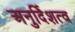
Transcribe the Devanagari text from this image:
अनुर्दिशत्व